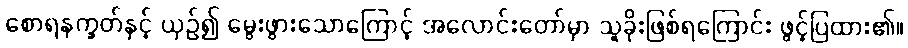
စောရနက္ခတ်နှင့် ယှဉ်၍ မွေးဖွားသောကြောင့် အလောင်းတော်မှာ သူခိုးဖြစ်ရကြောင်း ဖွင့်ပြထား၏။